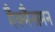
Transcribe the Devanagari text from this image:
मैक्मैनामन